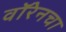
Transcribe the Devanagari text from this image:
वॉरेनचा